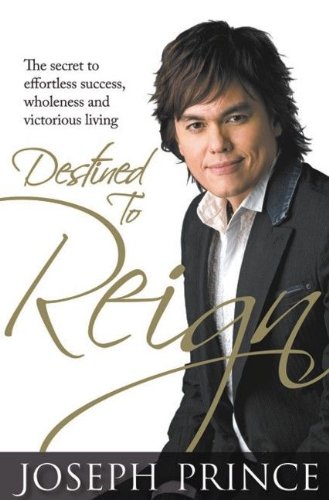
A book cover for Destined to Reign: The Secret to Effortless Success, Wholeness and Victorious Living; Joseph Prince; Christian Books & Bibles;